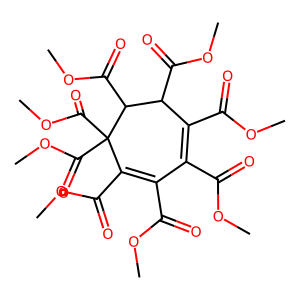
SMILES: COC(=O)C1=C(C(=O)OC)C(C(=O)OC)C(C(=O)OC)C(C(=O)OC)(C(=O)OC)C(C(=O)OC)=C1C(=O)OC
Inhibits HIV replication: No